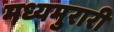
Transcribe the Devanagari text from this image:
मध्यमुरारी